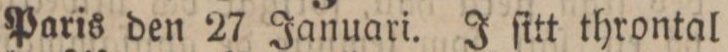
Paris den 27 Januari. J ſitt throntal